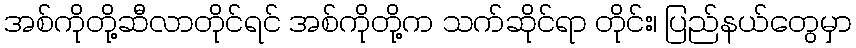
အစ်ကိုတို့ဆီလာတိုင်ရင် အစ်ကိုတို့က သက်ဆိုင်ရာ တိုင်း၊ ပြည်နယ်တွေမှာ